Civil Veterinary Department. Central Provinces & Berar 1932-41 - 1932-1941
Year: 1932
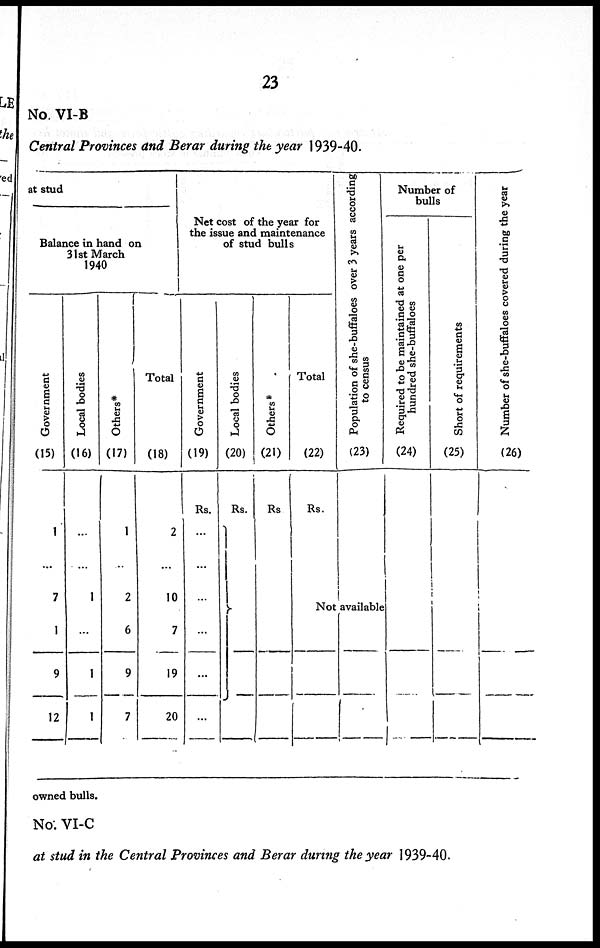
23
No. VI-B
Central Provinces and Berar during the year 1939-40.
at stud
Balance in hand on
31st March
1940
Government
(15)
1
...
7
1
9
12
Local bodies
(16)
...
...
1
...
1
1
Others*
(17)
1
...
2
6
9
7
Total
(18)
2
...
10
7
19
20
Net cost of the year for
the issue and maintenance
of stud bulls
Government
(19)
Rs.
...
...
...
...
...
...
Local bodies
(20)
Rs.
Others*
(21)
Rs
...
...
Total
(22)
Rs.
Population of she-buffaloes over 3 years according
to census
(23)
Not available
Number of
bulls
Requi r
ed to be maintained at one per
hundred she-buffaloes
(24)
Shor t of requirements
(25)
Nu mb e r of s h e - b u f f a l o e s c o v e r e d dur i ng the year
(26)
owned bulls.
No. VI-C
at stud in the Central Provinces and Berar during the year 1939-40.